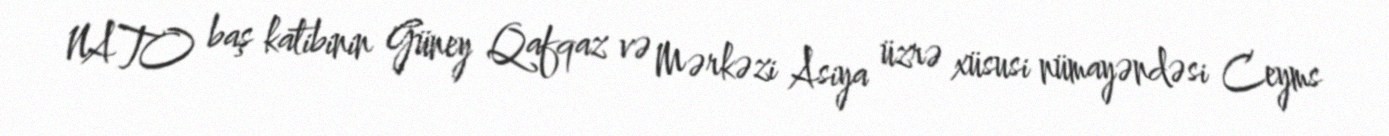
NATO baş katibinin Güney Qafqaz və Mərkəzi Asiya üzrə xüsusi nümayəndəsi Ceyms